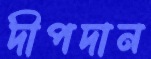
দীপদান